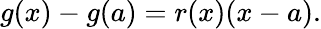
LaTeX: g(x)-g(a)=r(x)(x-a).